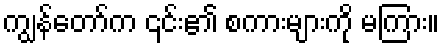
ကျွန်တော်က ၎င်း၏ စကားများကို မကြား။